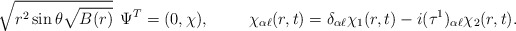
\begin{align*}\sqrt{r^{2}\sin \theta \sqrt{B(r)}}\:\:\Psi ^{T}=( 0, \chi),\hskip1cm \chi _{\alpha \ell }(r, t)=\delta _{\alpha \ell}\chi _{1}(r, t)-i(\tau ^{1})_{\alpha \ell}\chi _{2}(r,t).\end{align*}